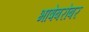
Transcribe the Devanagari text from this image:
भाषेबरोबर